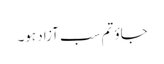
جاوٴ تم سب آزاد ہو۔